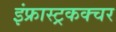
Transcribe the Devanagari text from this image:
इंफ्रास्ट्रकक्चर